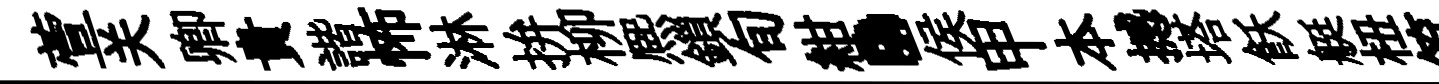
萱关卿貴諧怖淋拚柳熈鎻旬紺·侯甲本撼塔飫艇杻筮